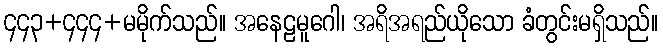
၄၄၃+၄၄၄+မမိုက်သည်။ အနေဠမူဂေါ၊ အရိအရည်ယိုသော ခံတွင်းမရှိသည်။